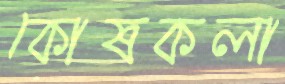
কোষকলা